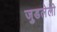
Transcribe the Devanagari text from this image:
जुडलेली